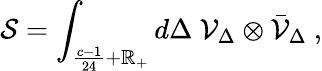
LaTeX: {\mathcal{S}}=\int_{{\frac{c-1}{24}}+\mathbb{R}_{+}}d\Delta\ {\mathcal{V}}_{\Delta}\otimes{\bar{\mathcal{V}}}_{\Delta}\ ,